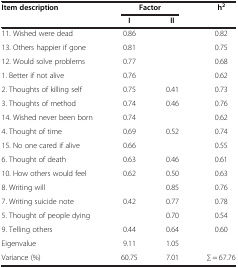
<table><thead><tr><td><b>Item description</b></td><td colspan="2"><b>Factor</b></td><td><b>h<sup>2</sup></b></td></tr><tr><td><b> </b></td><td><b>I</b></td><td><b>II</b></td><td><b> </b></td></tr></thead><tbody><tr><td>11. Wished were dead</td><td>0.86</td><td> </td><td>0.82</td></tr><tr><td>13. Others happier if gone</td><td>0.81</td><td> </td><td>0.75</td></tr><tr><td>12. Would solve problems</td><td>0.77</td><td> </td><td>0.68</td></tr><tr><td>1. Better if not alive</td><td>0.76</td><td> </td><td>0.62</td></tr><tr><td>2. Thoughts of killing self</td><td>0.75</td><td>0.41</td><td>0.73</td></tr><tr><td>3. Thoughts of method</td><td>0.74</td><td>0.46</td><td>0.76</td></tr><tr><td>14. Wished never been born</td><td>0.74</td><td> </td><td>0.62</td></tr><tr><td>4. Thought of time</td><td>0.69</td><td>0.52</td><td>0.74</td></tr><tr><td>15. No one cared if alive</td><td>0.66</td><td> </td><td>0.55</td></tr><tr><td>6. Thought of death</td><td>0.63</td><td>0.46</td><td>0.61</td></tr><tr><td>10. How others would feel</td><td>0.62</td><td>0.50</td><td>0.63</td></tr><tr><td>8. Writing will</td><td> </td><td>0.85</td><td>0.76</td></tr><tr><td>7. Writing suicide note</td><td>0.42</td><td>0.77</td><td>0.78</td></tr><tr><td>5. Thought of people dying</td><td> </td><td>0.70</td><td>0.54</td></tr><tr><td>9. Telling others</td><td>0.44</td><td>0.64</td><td>0.60</td></tr><tr><td>Eigenvalue</td><td>9.11</td><td>1.05</td><td> </td></tr><tr><td>Variance (%)</td><td>60.75</td><td>7.01</td><td>∑ = 67.76</td></tr></tbody></table>